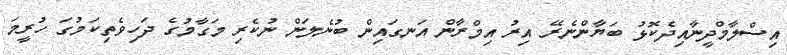
އިސްލާމްދީނާއިދެކޮޅު ބަޔާންނެރޭ އިރު އިމްރާން އަނގައިން ބުނެލަން ނުކެރި މަގާމުގެ ދަހިވެތިކަމުގަ ހުރީމަ